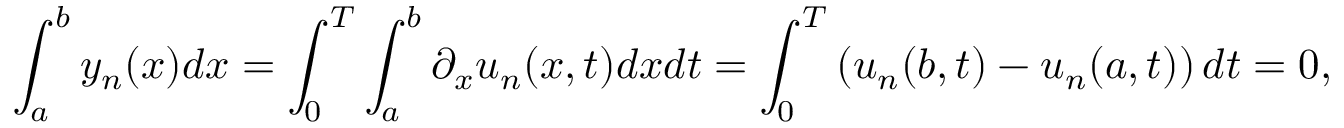
\int _ { a } ^ { b } y _ { n } ( x ) d x = \int _ { 0 } ^ { T } \int _ { a } ^ { b } \partial _ { x } u _ { n } ( x , t ) d x d t = \int _ { 0 } ^ { T } \left( u _ { n } ( b , t ) - u _ { n } ( a , t ) \right) d t = 0 ,